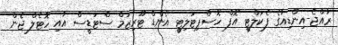
ރާއްޖެ-އިންޑިއާގެ ފެކަލްޓީ އޮފް ހޮސްޕިޓަލިޓީ އެންޑް ޓޫރިޒަމް ސްޓަޑީސް އާއި ހޮޓެލް ޖެން